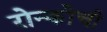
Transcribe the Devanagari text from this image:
रोन्कोची